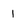
Character: 1